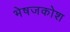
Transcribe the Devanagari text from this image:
भेषजकोश